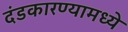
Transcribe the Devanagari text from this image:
दंडकारण्यामध्ये